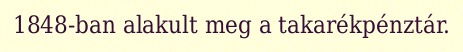
1848-ban alakult meg a takarékpénztár.